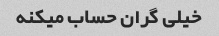
خیلی گران حساب میکنه